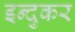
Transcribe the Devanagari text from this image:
इन्दुकर